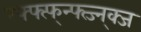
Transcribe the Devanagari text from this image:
ग्फ्फ्त्फ्न्फ्त्ज्न्क्ज